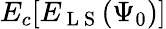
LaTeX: E_{c}[E_{\mathrm{~L~S~}}(\Psi_{0})]